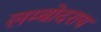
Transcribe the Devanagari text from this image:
लम्बोदराय